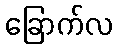
ခြောက်လ